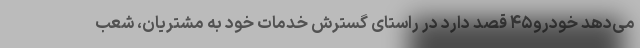
می‌دهد خودرو۴۵ قصد دارد در راستای گسترش خدمات خود به مشتریان، شعب